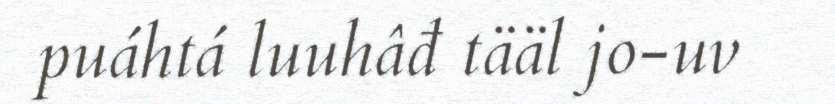
puáhtá luuhâđ tääl jo-uv